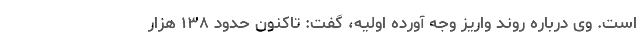
است. وی درباره روند واریز وجه آورده اولیه، گفت: تاکنون حدود ۱۳۸ هزار